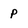
Character: p